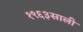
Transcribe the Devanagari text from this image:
१९६३साली